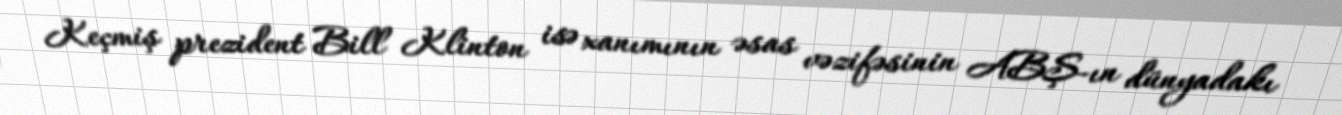
Keçmiş prezident Bill Klinton isə xanımının əsas vəzifəsinin ABŞ-ın dünyadakı